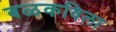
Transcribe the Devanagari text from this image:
बळकविला